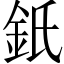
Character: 𨥌